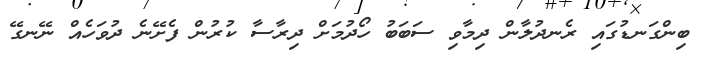
ބިންގަނޑުގައި ރެނދުލާން ދިމާވި ސަބަބު ހޯދުމަށް ދިރާސާ ކުރުން ފެށޭނެ ދުވަހެއް ނޭނގޭ